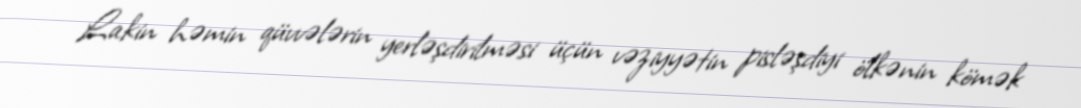
Lakin həmin qüvvələrin yerləşdirilməsi üçün vəziyyətin pisləşdiyi ölkənin kömək